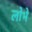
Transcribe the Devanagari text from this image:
लोभे